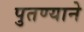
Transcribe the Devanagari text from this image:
पुतण्याने